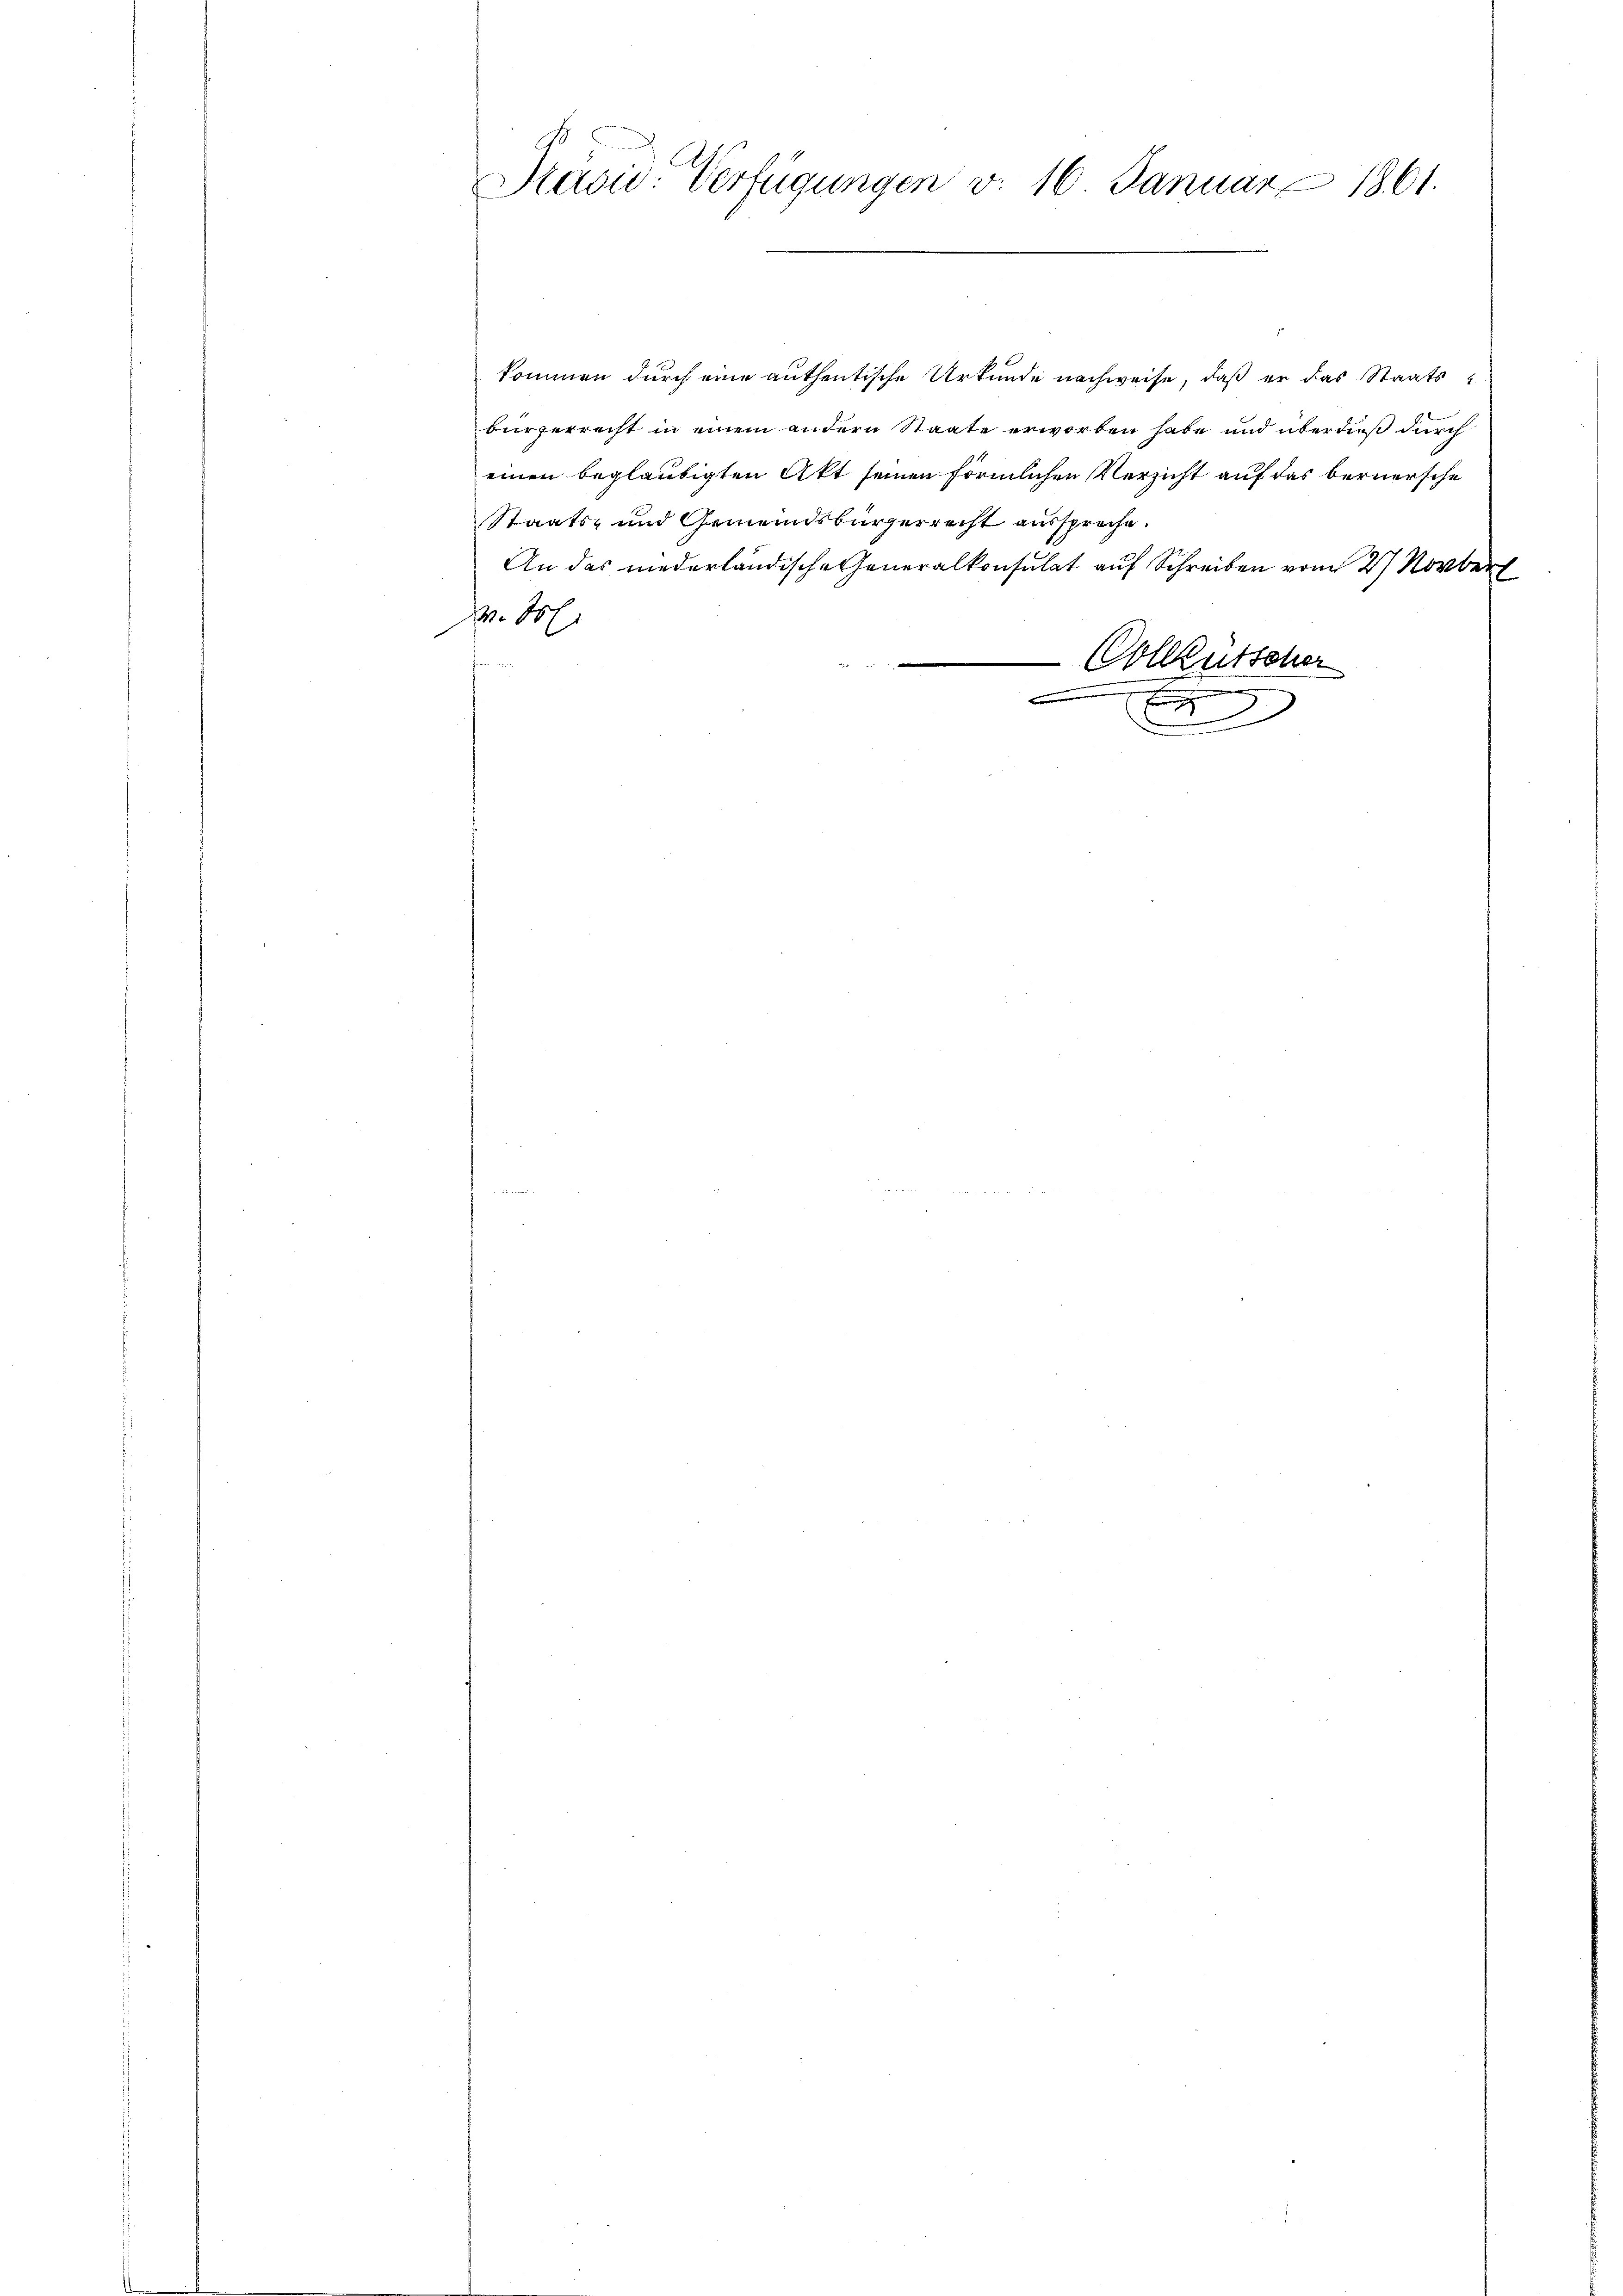
Präsid. Verfügungen v. 16 Januar 1861.

kommen durch eine authentische Urkunde nachweise, daß er das Staatsbürgerrecht in einem andern Staate erworben habe und überdieß durch
einen beglaubigten Akt seinen förmlichen Verzicht auf das bernersche
Staats- und Gemeindsbürgerrecht aussprache.
An das niederländische Generalkonsulat auf Schreiben vom 27 Novber
p. 107.
Colkutscher
u
.

.